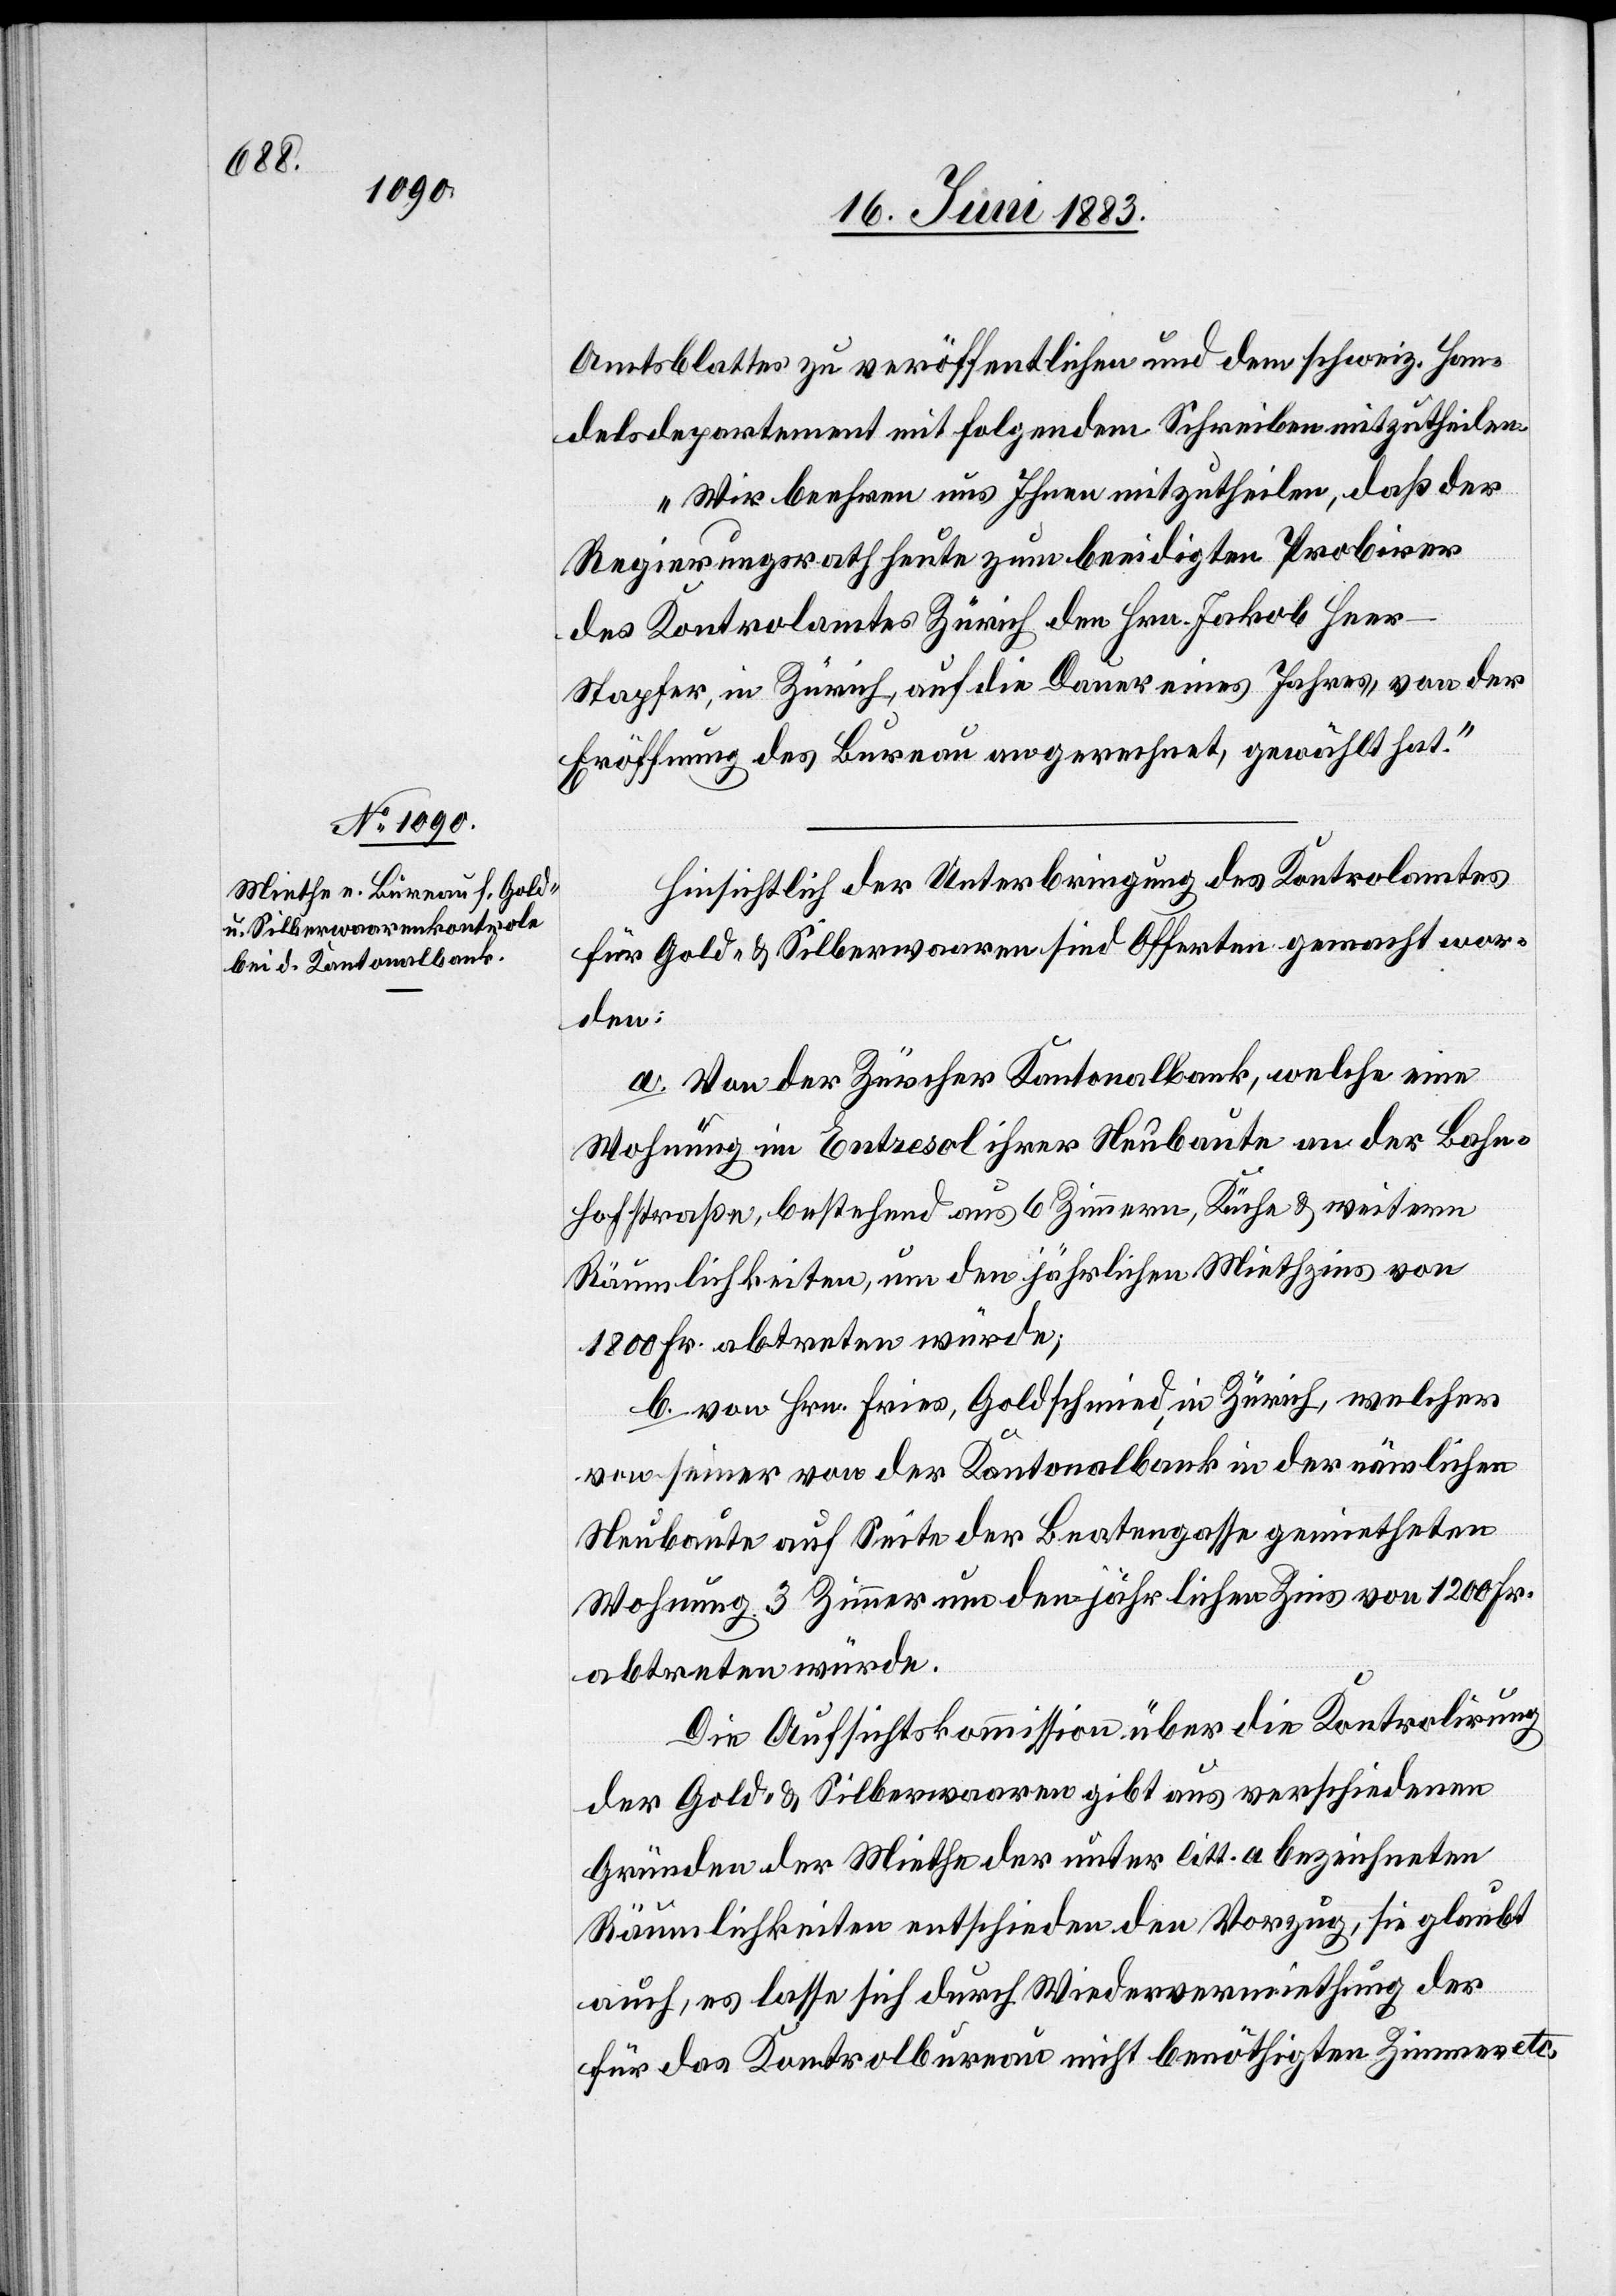
Amtsblattes zu veröffentlichen und dem schweiz. Han¬
delsdepartement mit folgendem Schreiben mitzutheilen:
„Wir beehren uns Ihnen mitzutheilen, daß der
Regierungsrath heute zum beeidigten Probirer
des Kontrolamtes Zürich den Hrn. Jakob Hee¬
r-Stapfer, in Zürich, auf die Dauer eines Jahres von der
Eröffnung des Bureau angerechnet, gewählt hat.“
Hinsichtlich der Unterbringung des Kontrolamtes
für Gold- & Silberwaaren sind Offerten gemacht wor¬
den:
a. Von der Zürcher Kantonalbank, welche eine
Wohnung im Entresol ihrer Neubaute an der Bahn¬
hofstraße, bestehend aus 6 Zimmern, Küche & weitern
Räumlichkeiten, um den jährlichen Miethzins von
1800 Fr. abtreten würde;
b. von Hrn. Fries, Goldschmied, in Zürich, welches
von seiner von der Kantonalbank in der nämlichen
Neubaute auf Seite der Beatengasse gemietheten
Wohnung 3 Zimmer um den jährlichen Zins von 1200 Fr.
abtreten würde.
Die Aufsichtskommission über die Kontrolirung
der Gold- & Silberwaaren gibt aus verschiedenen
Gründen der Miethe der unter litt. a bezeichneten
Räumlichkeiten entschieden den Vorzug, sie glaubt
auch, es lasse sich durch Wiedervermiethung der
für das Kontrolbureau nicht benöthigten Zimmer etc.